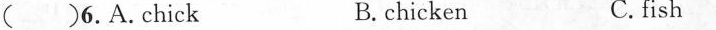
() 6. A.Chick B. chicken C.fish